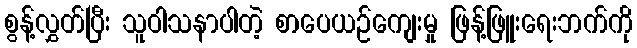
စွန့်လွှတ်ပြီး သူဝါသနာပါတဲ့ စာပေယဉ်ကျေးမှု ဖြန့်ဖြူးရေးဘက်ကို